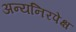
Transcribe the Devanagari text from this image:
अन्यनिरपेक्ष